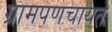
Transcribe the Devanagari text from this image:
ग्रामपणचायत